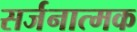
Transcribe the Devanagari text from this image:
सर्जनात्‍मक